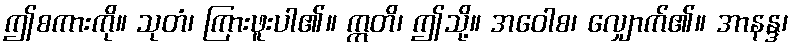
ဤစကားကို။ သုတံ၊ ကြားဖူးပါ၏။ ဣတိ၊ ဤသို့။ အဝေါစ၊ လျှောက်၏။ အာနန္ဒ၊